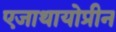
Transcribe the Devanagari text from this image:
एजाथायोप्रीन